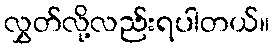
လွှတ်လို့လည်းရပါတယ်။